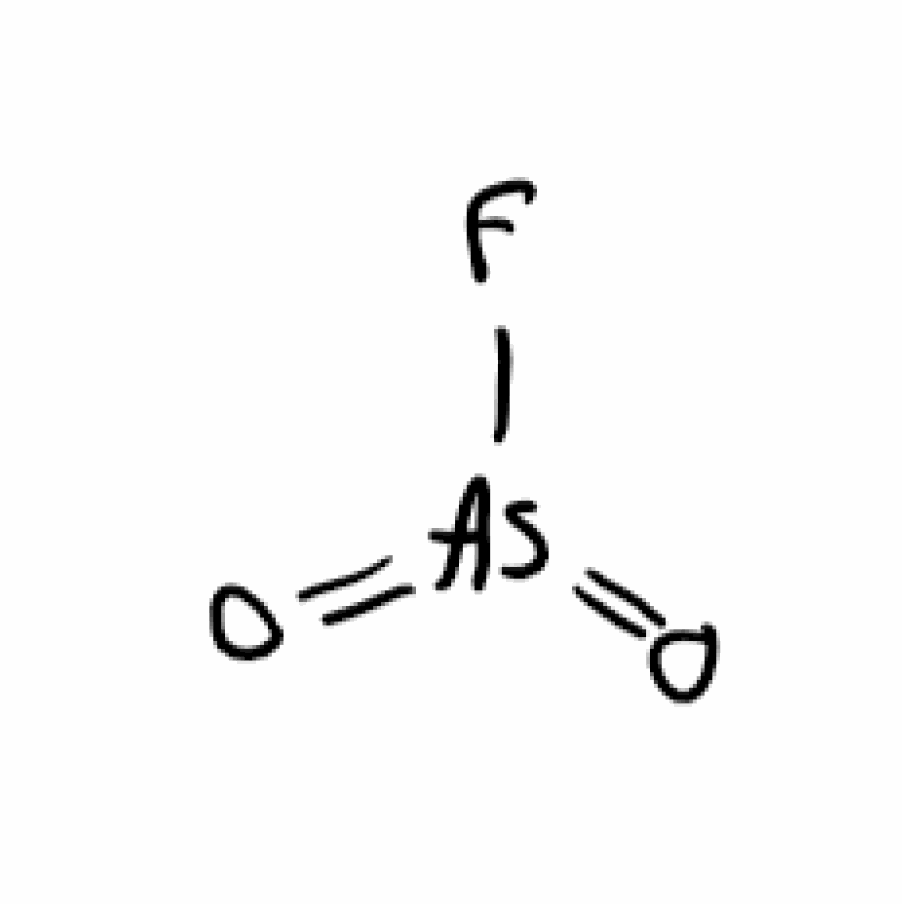
Simplified molecular-input line-entry system (SMILES) notation of the given molecule:
O=[As](=O)F